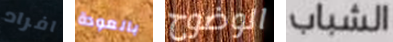
افراد بالعودة الوضوح الشباب